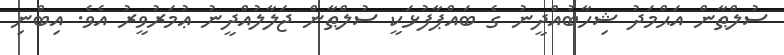
ސުލްޠާން އަޙްމަދު ޝިހާބުއްދީނު ގެ ބައްޕާފުޅަކީ ސުލްޠާން ޖަލާލުއްދީނު ޢުމަރުވީރު އެވެ. އިބްނި